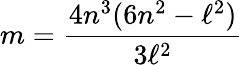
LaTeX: m=\frac{4n^{3}(6n^{2}-\ell^{2})}{3\ell^{2}}